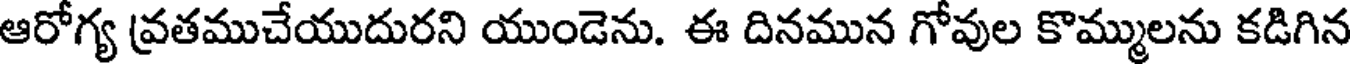
ఆరోగ్య వ్రతముచేయుదురని యుండెను. ఈ దినమున గోవుల కొమ్ములను కడిగిన